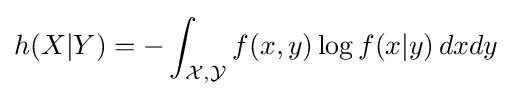
h(X|Y)=-\int _{{\mathcal {X}},{\mathcal {Y}}}f(x,y)\log f(x|y)\,dxdy